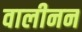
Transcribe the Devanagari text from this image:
वालीनन